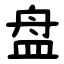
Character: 盘